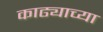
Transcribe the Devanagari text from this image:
काढ्याच्या